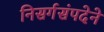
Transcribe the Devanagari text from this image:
निसर्गसंपदेने